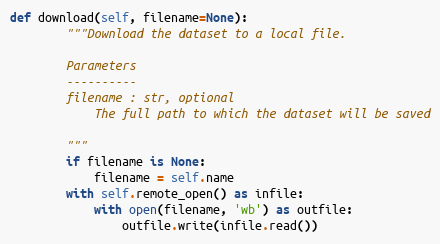
Language: Python
def download(self, filename=None):
        """Download the dataset to a local file.

        Parameters
        ----------
        filename : str, optional
            The full path to which the dataset will be saved

        """
        if filename is None:
            filename = self.name
        with self.remote_open() as infile:
            with open(filename, 'wb') as outfile:
                outfile.write(infile.read())